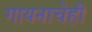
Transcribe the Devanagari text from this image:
गायनाचेही